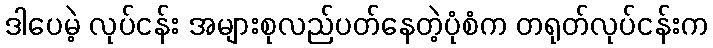
ဒါပေမဲ့ လုပ်ငန်း အများစုလည်ပတ်နေတဲ့ပုံစံက တရုတ်လုပ်ငန်းက